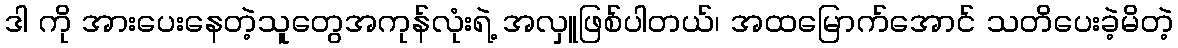
ဒါ ကို အားပေးနေတဲ့သူတွေအကုန်လုံးရဲ့ အလှူဖြစ်ပါတယ်၊ အထမြောက်အောင် သတိပေးခဲ့မိတဲ့